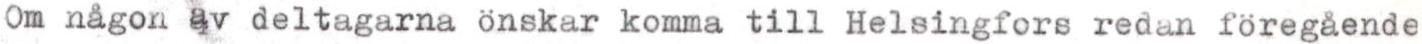
Om någon av deltagarna önskar komma till Helsingfors redan föregående